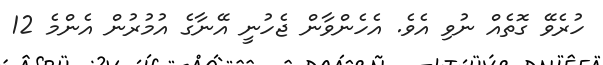
ހުރެވޭ ގޮތެއް ނުވި އެވެ. އެހެންވާން ޖެހުނީ އޭނާގެ އުމުރުން އެންމެ 12